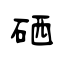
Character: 硒